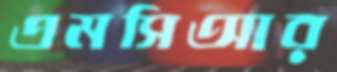
এমসিআর